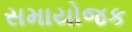
સમાયોજક